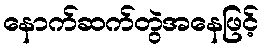
နောက်ဆက်တွဲအနေဖြင့်